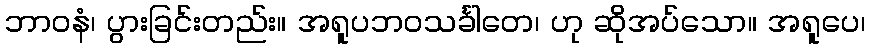
ဘာဝနံ၊ ပွားခြင်းတည်း။ အရူပဘဝသင်္ခါတေ၊ ဟု ဆိုအပ်သော။ အရူပေ၊